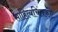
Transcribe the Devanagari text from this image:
साहित्यचिंतकों